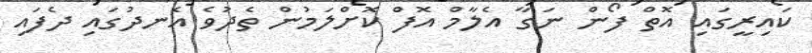
ކައިރީގައި އޮތް ފޯން ނަގާ އެލާމް އޮފް ކޮށްލަމުން ތެދުވެ އެނދުގައި ދެފައި